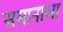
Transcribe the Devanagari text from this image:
समानाला